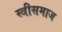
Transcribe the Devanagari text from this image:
स्त्रीसमाज